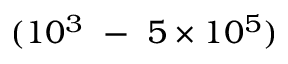
( 1 0 ^ { 3 } ~ - ~ 5 \times 1 0 ^ { 5 } )